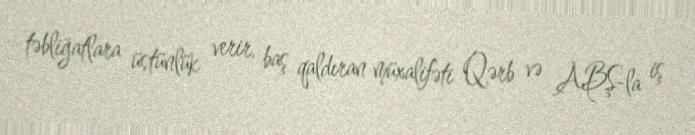
təbliğatlara üstünlük verir, baş qaldıran müxalifəti Qərb və ABŞ-la iş